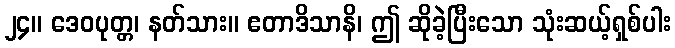
၂၄။ ဒေဝပုတ္တ၊ နတ်သား။ ဧတာဒိသာနိ၊ ဤ ဆိုခဲ့ပြီးသော သုံးဆယ့်ရှစ်ပါး